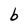
Character: b